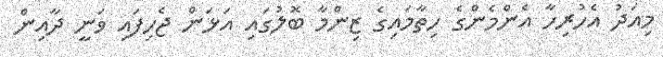
މިއަދު އެހުރިހާ އެންމެންގެ ހިތާމައިގެ ޒިންމާ ބޮލުގައި އަޅަން ޖެހިފައި ވަނީ ދާއިން